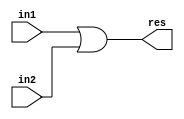
module or_gate (
    in1,
    in2,
    res
);
  input [31:0] in1;
  input [31:0] in2;
  output [31:0] res;

  assign res = in1 | in2;
endmodule